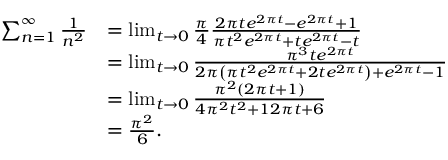
{ \begin{array} { r l } { \sum _ { n = 1 } ^ { \infty } { \frac { 1 } { n ^ { 2 } } } } & { = \operatorname* { l i m } _ { t \to 0 } { \frac { \pi } { 4 } } { \frac { 2 \pi t e ^ { 2 \pi t } - e ^ { 2 \pi t } + 1 } { \pi t ^ { 2 } e ^ { 2 \pi t } + t e ^ { 2 \pi t } - t } } } \\ & { = \operatorname* { l i m } _ { t \to 0 } { \frac { \pi ^ { 3 } t e ^ { 2 \pi t } } { 2 \pi \left( \pi t ^ { 2 } e ^ { 2 \pi t } + 2 t e ^ { 2 \pi t } \right) + e ^ { 2 \pi t } - 1 } } } \\ & { = \operatorname* { l i m } _ { t \to 0 } { \frac { \pi ^ { 2 } ( 2 \pi t + 1 ) } { 4 \pi ^ { 2 } t ^ { 2 } + 1 2 \pi t + 6 } } } \\ & { = { \frac { \pi ^ { 2 } } { 6 } } . } \end{array} }